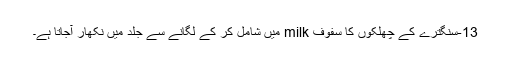
13-سنگترے کے چھلکوں کا سفوف milk میں شامل کر کے لگانے سے جلد میں نکھار آجاتا ہے۔